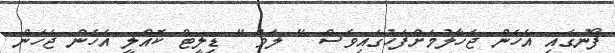
ފޯނުގައި އެހެން ޖަހާލުމަށްފަހުގައިވެސް " ލަވް " ޑިލީޓް ކޮއްލީ އެހެން ޖަހަން